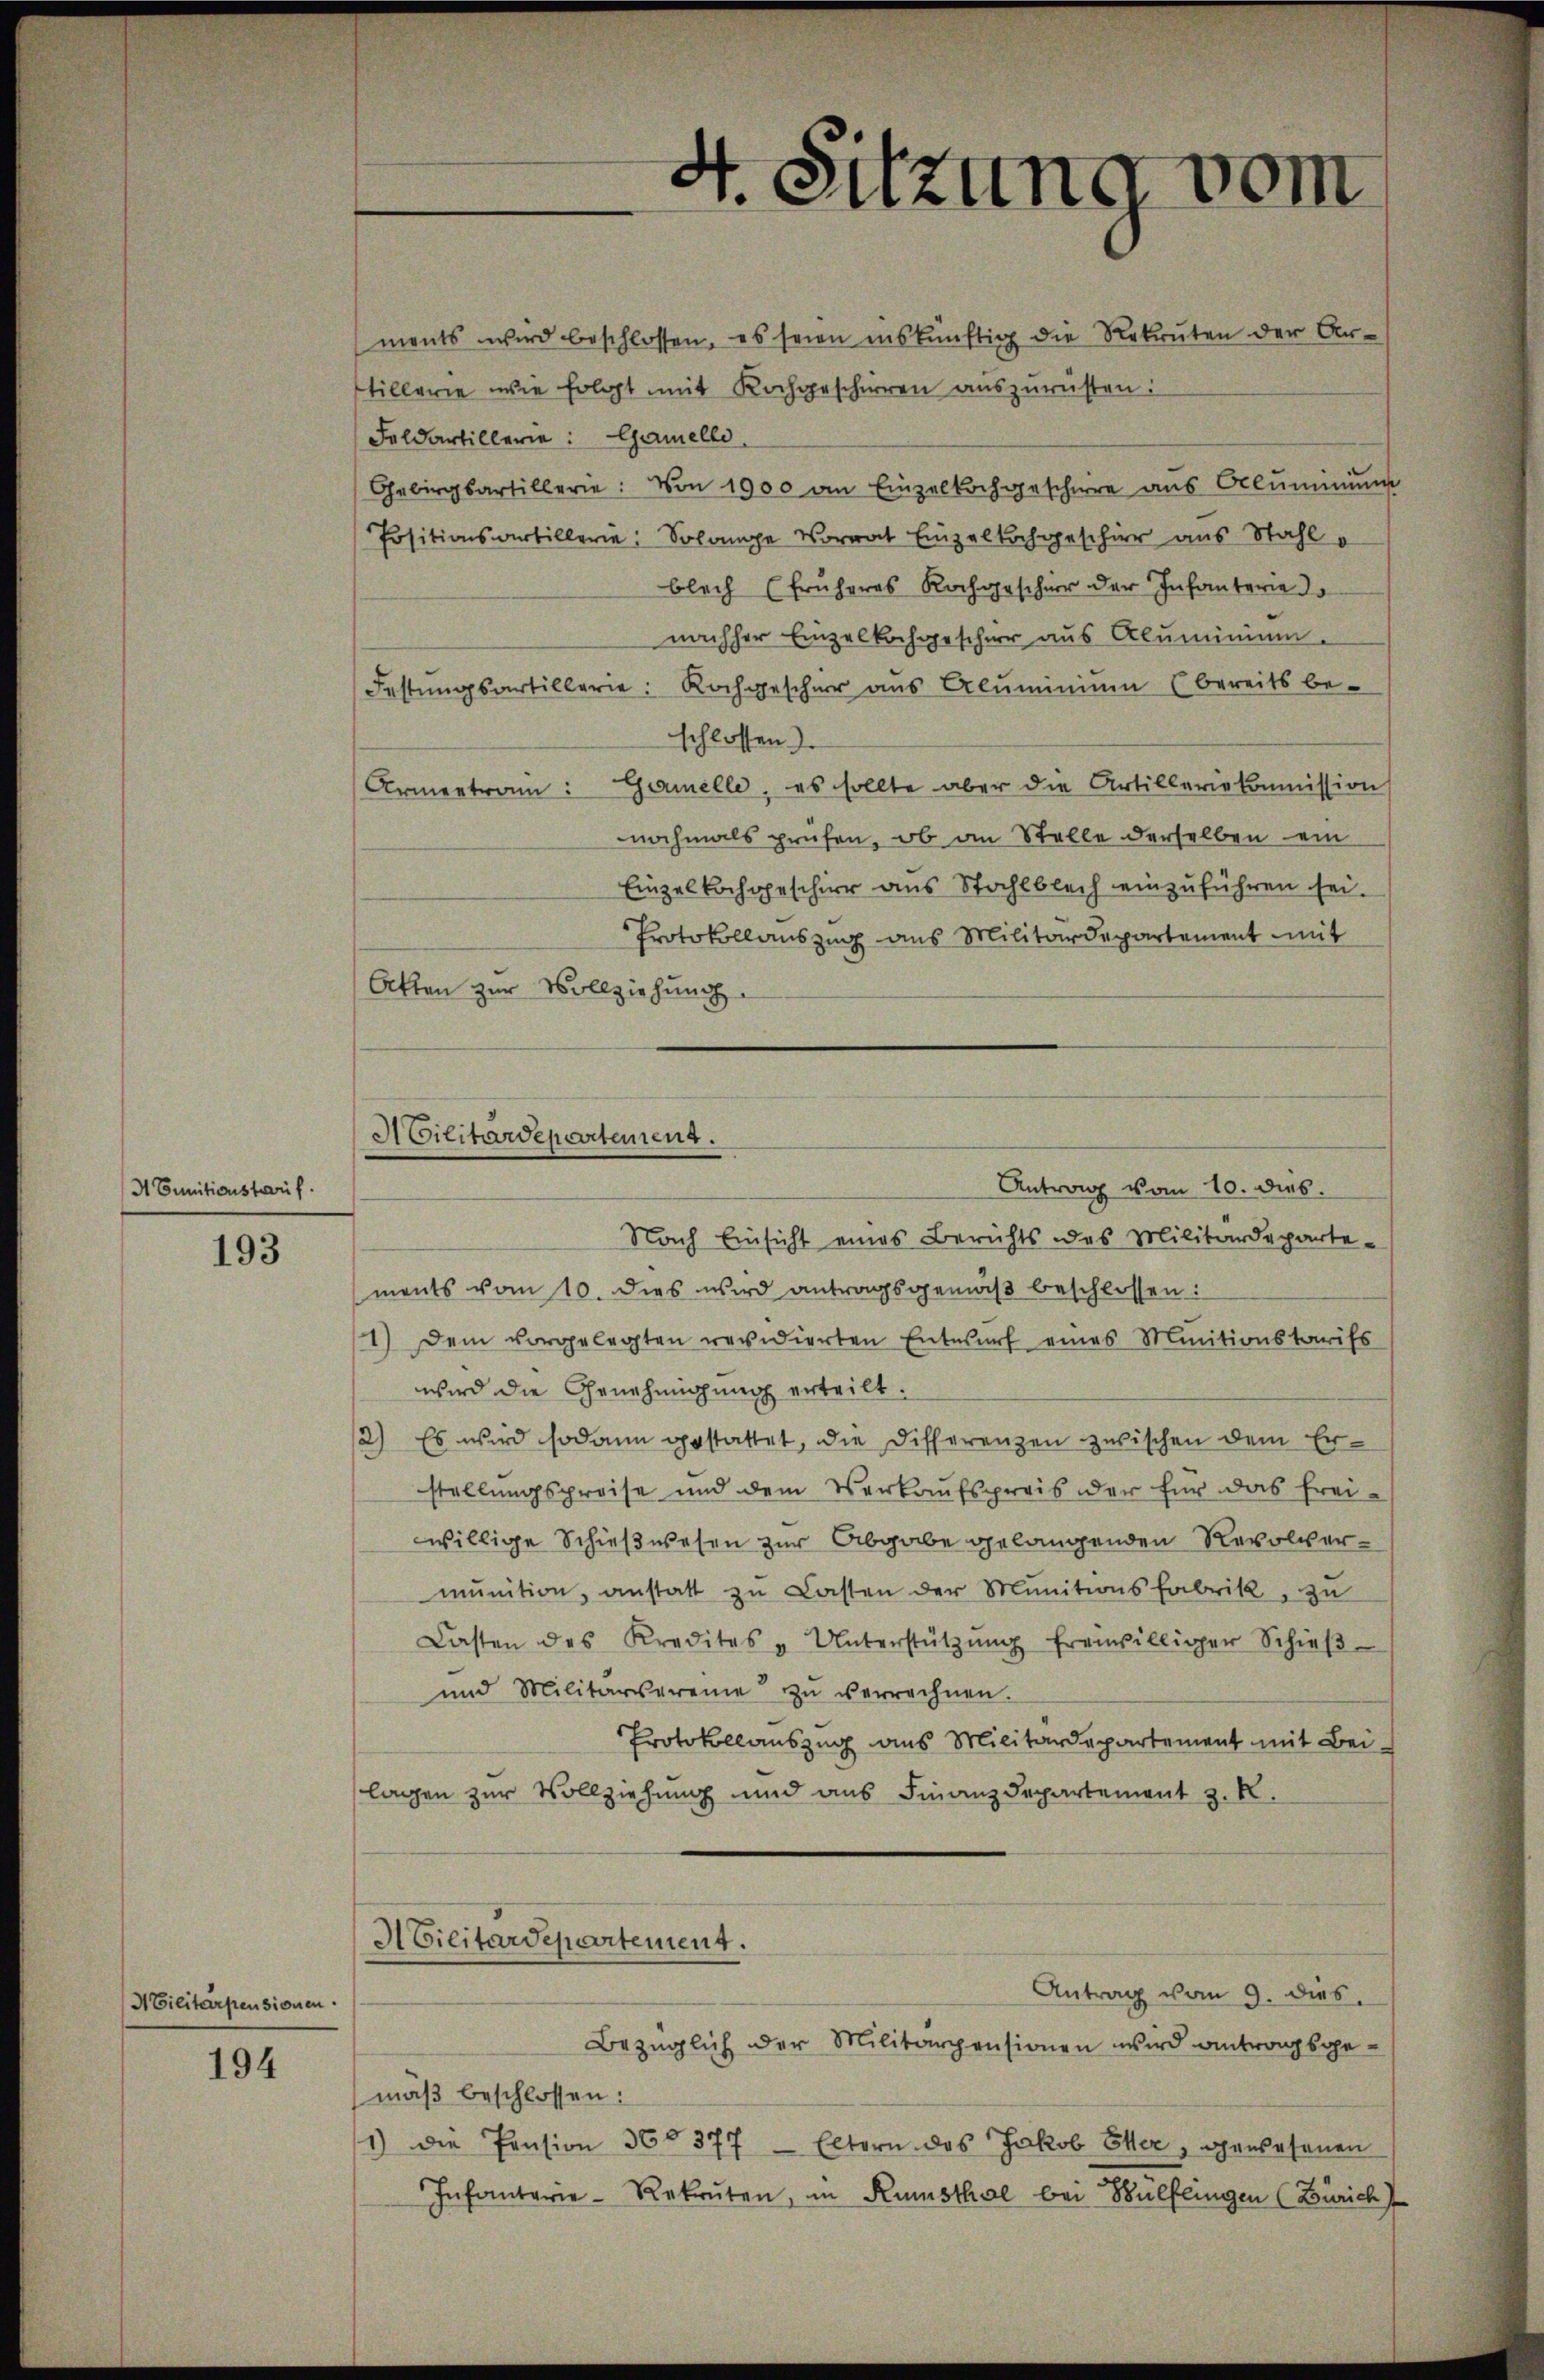
A Cunitionstreif

193

NEilitärpensionen.

194

ments wird beschlossen, es seien inskünftig die Rekruten der Antillerie wie folgt mit Kochgeschirren auszurüsten:
Feldartillerie: Gamelle
Gebirgsartillerie: Von 1900 an Einzelkochgeschere aus Oeluminŭng
Positionsartillerie: Solange Vorrat Einzelhochgeschier aus Stahl
blech (früheres Kochgeschier der Infanterie d
nachher Einzelkochgescher aus Aluminium
Festungsartillerie: Rochgescher aus Aluminium bereits be-
schlossen.
Armentram: Gamelle, es sollte aber die Artilleriekommission
nochmals prüfen, ob an Stelle derselben ein
Einzelkochgeschier aus Stahlblech einzuführen sei.
Protokollauszug aus Militärdepartement mit
Akten zur Vollziehung
Antrag vom 10. dies.
Nach Einsicht eines Berichts des Militärdepartements vom 10. dies wird antragsgemäß beschlossen:
1.) Dem vorgelegten revidierten Entwurf eines Minitionstarifs
wird die Genehmigung erteilt.
2) Es wird sodann gestattet, die Differenzen zwischen dem Erstellungspreise und dem Verkaufspreis oder für das frei-
willige Schießwesen zur Abgabe gelangenden Revolvermŭnition, anstatt zu Lasten der Munitionsfabrik, zu
Casten des Kredites u Unterstützŭng freiwilliger Schieβ-
und Militärvereine zŭ verrechnen.
Protokollauszug aus Militärdepartement mit Bei-
lagen zur Vollziehung und aus Finanzdepartement z. R.
Abilitärdepartement.
Antrag vom 9. dies
Bezüglich der Militärpensionen wird antragsgemäß beschlossen:
1) Die Pension 36 377 - Eltern des Jakob Eller, gewesenen
Infanterie-Rekruten, in Kunsthal bei Bülflingen (Zürich

Militärdepartement.

4. Sitzung vom